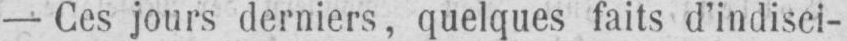
- Ces jours derniers, quelques faits d’indisci-